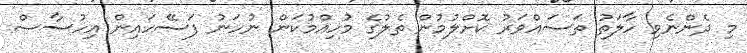
މި ދެންނެވި ހާލަތު ތަސައްވަރު ކޮށްލުމުން ތެލުގެ މުހިއްމުކަން ނުހަނު ފަސޭހައިން އިހުސާސް